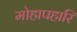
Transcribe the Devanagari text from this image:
मोहापहारि